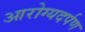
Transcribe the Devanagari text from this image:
आरोग्यदर्पण